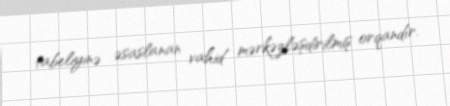
tabeliyinə əsaslanan vahid mərkəzləşdirilmiş orqandır.